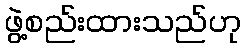
ဖွဲ့စည်းထားသည်ဟု